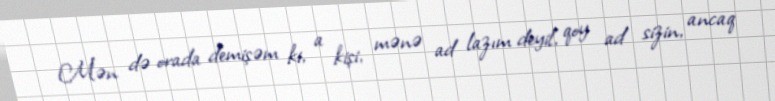
Mən də orada demişəm ki, a kişi, mənə ad lazım deyil, qoy ad sizin, ancaq